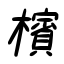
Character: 檳